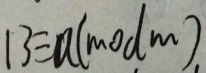
1 3 \equiv a ( m o d m )